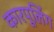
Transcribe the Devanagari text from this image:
कारपूलिंग